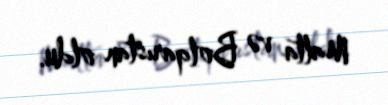
Malta və Bolqarıstan oldu.